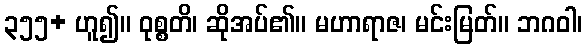
၃၅၅+ ဟူ၍။ ဝုစ္စတိ၊ ဆိုအပ်၏။ မဟာရာဇ၊ မင်းမြတ်။ ဘဂဝါ၊